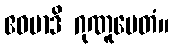
ဧဝမာဒိ ဂုဏူပေတံ။